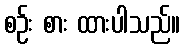
စဉ်း စား ထားပါသည်။